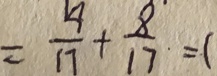
= \frac { 1 4 } { 1 7 } + \frac { 8 } { 1 7 } \cdot = 1